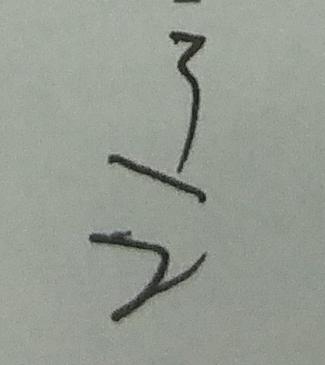
\frac { 3 } { 2 }